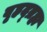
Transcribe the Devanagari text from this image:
बृहद्ब्रह्म